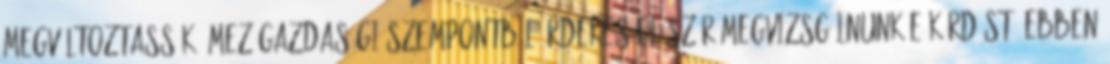
megváltoztassák. Mezőgazdasági szempontból érdekes először megvizsgálnunk e kérdést. Ebben